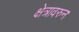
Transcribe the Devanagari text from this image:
क्षेत्रावरुन